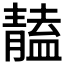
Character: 𩇠